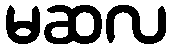
မဆလ